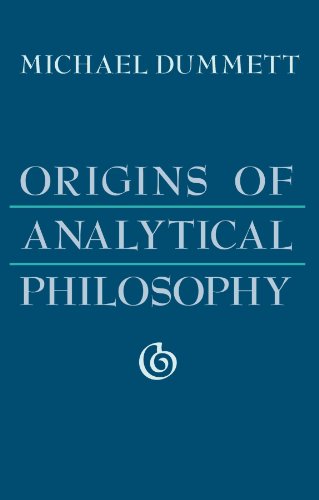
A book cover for Origins of Analytical Philosophy; Michael Dummett; Politics & Social Sciences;